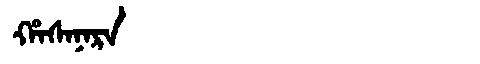
Manchu: ᡥᠠᠰᠠᠨᠠᡵᠠ
Romanization: HASANARA